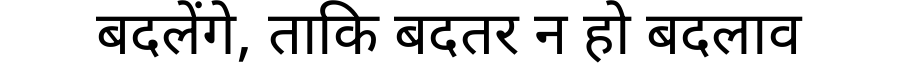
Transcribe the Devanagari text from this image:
बदलेंगे, ताकि बदतर न हो बदलाव